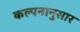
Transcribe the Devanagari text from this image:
कल्पनानुसार